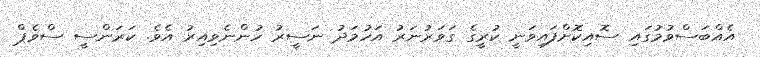
އެއްބަސްވުމުގައި ސޮއިކޮށްފައިވަނީ ކުރީގެ ގަވަރުނަރު އަހުމަދު ނަސީރު ހުންނެވިއިރު އެވެ. ކަރަންސީ ސްވެޕް